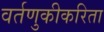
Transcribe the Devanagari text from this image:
वर्तणुकीकरिता